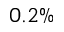
0 . 2 \%